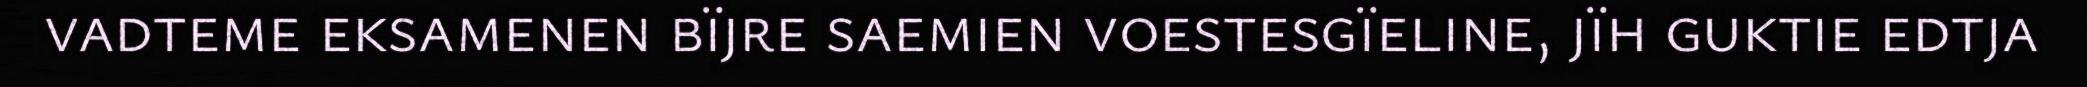
vadteme eksamenen bïjre saemien voestesgïeline, jïh guktie edtja